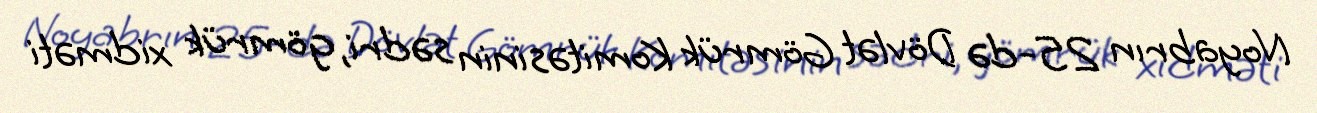
Noyabrın 25-də Dövlət Gömrük Komitəsinin sədri, gömrük xidməti